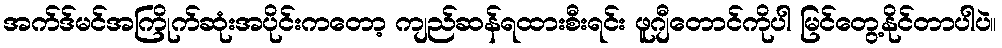
အက်ဒ်မင်အကြိုက်ဆုံးအပိုင်းကတော့ ကျည်ဆန်ရထားစီးရင်း ဖူဂျီတောင်ကိုပါ မြင်တွေ့နိုင်တာပါပဲ။